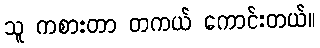
သူ ကစားတာ တကယ် ကောင်းတယ်။